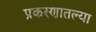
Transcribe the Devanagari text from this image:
प्रकरणातल्या